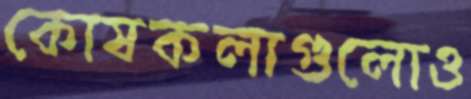
কোষকলাগুলোও